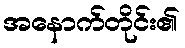
အနောက်တိုင်း၏